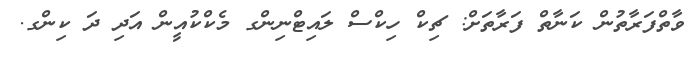
ވާތްފަރާތުން ކަނާތް ފަރާތަށް: ޗިކް ހިކްސް ލައިޓްނިންގ މެކްކުއީން އަދި ދަ ކިންގ.